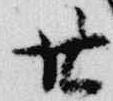
廿